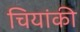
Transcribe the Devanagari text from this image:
चियांकी